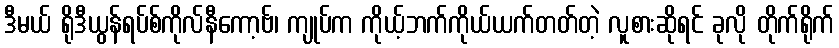
ဒီမယ် ရိုဒီယွန်ရပ်စ်ကိုလ်နီကော့ဗ်၊ ကျုပ်က ကိုယ့်ဘက်ကိုယ်ယက်တတ်တဲ့ လူစားဆိုရင် ခုလို တိုက်ရိုက်